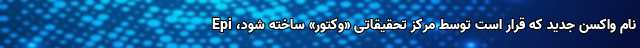
نام واکسن جدید که قرار است توسط مرکز تحقیقاتی «وکتور» ساخته شود، Epi